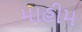
માહીમ